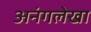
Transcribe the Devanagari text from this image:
अनंगलेखा